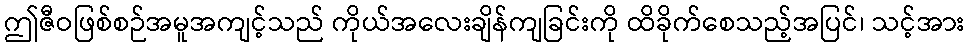
ဤဇီဝဖြစ်စဉ်အမူအကျင့်သည် ကိုယ်အလေးချိန်ကျခြင်းကို ထိခိုက်စေသည့်အပြင်၊ သင့်အား